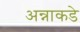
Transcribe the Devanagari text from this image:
अन्नाकडे